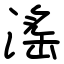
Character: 滛